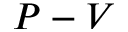
P - V